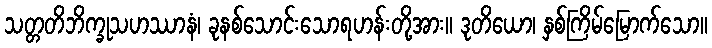
သတ္တတိဘိက္ခုသဟဿာနံ၊ ခုနစ်သောင်းသောရဟန်းတို့အား။ ဒုတိယော၊ နှစ်ကြိမ်မြောက်သော။